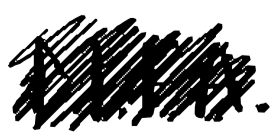
Text: M.F.A.
Cross-out: scratch
Writing tool: digital_black